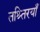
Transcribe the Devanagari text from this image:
तश्र्तिरयाँ